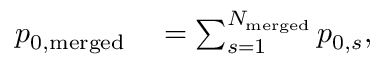
\begin{array} { r l } { p _ { 0 , \mathrm { { m e r g e d } } } } & { { } = \sum _ { s = 1 } ^ { N _ { \mathrm { { m e r g e d } } } } { p _ { 0 , s } } , } \end{array}